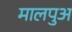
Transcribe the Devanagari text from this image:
मालपुअ